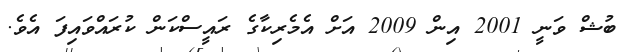
ބުޝް ވަނީ 2001 އިން 2009 އަށް އެމެރިކާގެ ރައީސްކަން ކުރައްވައިފަ އެވެ.